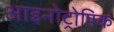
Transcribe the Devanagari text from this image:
आइनोट्रोपिक